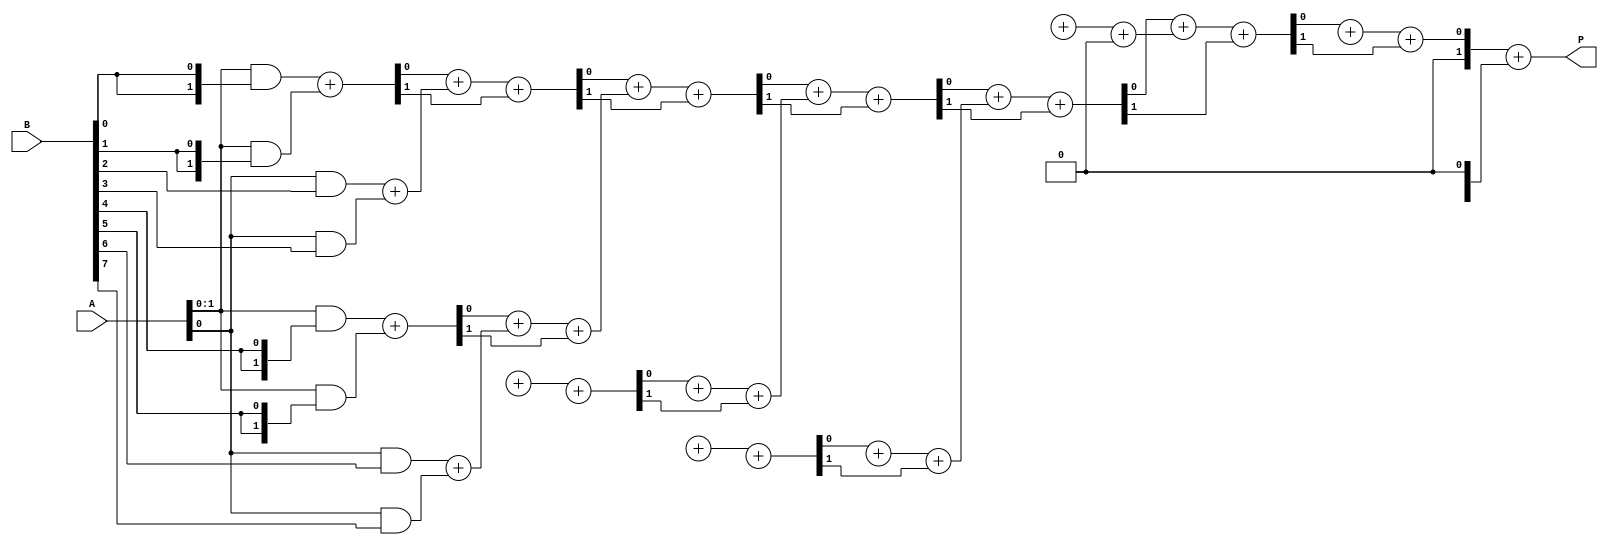
module wallace_tree_multiplier #(parameter n = 8) (
    input  wire [n-1:0] A,
    input  wire [n-1:0] B,
    output wire [2*n-1:0] P
);

    wire [n-1:0] pp [0:n-1]; // Partial products
    wire [2*n-1:0] sum [0:n-1]; // Sums at each stage
    wire [2*n-1:0] carry [0:n-1]; // Carries at each stage

    // Generate partial products
    genvar i;
    generate
        for (i = 0; i < n; i = i + 1) begin : partial_products
            assign pp[i] = A & {n{B[i]}};
        end
    endgenerate

    // Wallace Tree Reduction
    // Stage 1
    generate
        for (i = 0; i < n/2; i = i + 1) begin : stage1
            assign {carry[0][i], sum[0][i]} = pp[2*i] + pp[2*i + 1];
        end
        if (n % 2 == 1) begin
            assign sum[0][n/2] = pp[n-1];
            assign carry[0][n/2] = 1'b0;
        end
    endgenerate

    // Stage 2 and beyond
    genvar j;
    generate
        for (j = 1; j < n; j = j + 1) begin : reduction_stages
            for (i = 0; i < (n - j)/2; i = i + 1) begin : stage
                assign {carry[j][i], sum[j][i]} = sum[j-1][2*i] + sum[j-1][2*i + 1] + carry[j-1][2*i];
            end
            if ((n - j) % 2 == 1) begin
                assign sum[j][(n-j)/2] = sum[j-1][n-j-1];
                assign carry[j][(n-j)/2] = 1'b0;
            end
        end
    endgenerate

    // Final Addition
    wire [2*n-1:0] final_sum;
    wire final_carry;

    assign {final_carry, final_sum} = sum[n-1] + carry[n-1];

    // Output the final product
    assign P = final_sum;

endmodule